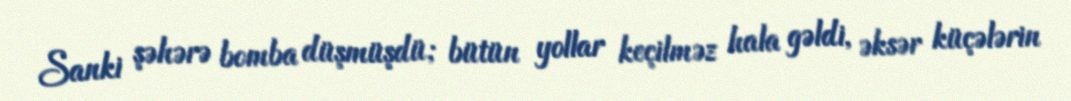
Sanki şəhərə bomba düşmüşdü; bütün yollar keçilməz hala gəldi, əksər küçələrin